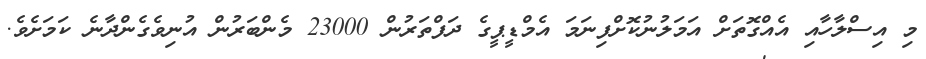
މި އިސްލާހާއި އެއްގޮތަށް އަމަލުނުކޮށްފިނަމަ އެމްޑީޕީގެ ދަފްތަރުން 23000 މެންބަރުން އުނިވެގެންދާނެ ކަމަށެވެ.